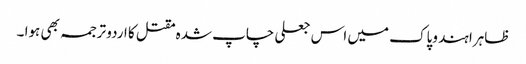
ظاہرا ہند وپاک میں اس جعلی چاپ شدہ مقتل کا اردو ترجمہ بھی ہوا ۔